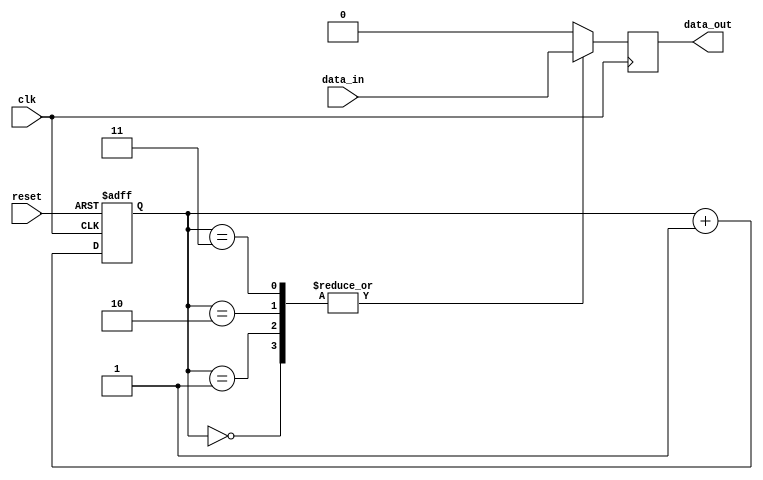
module synchronizer(
    input wire clk,
    input wire reset,
    input wire data_in,
    output reg data_out
);

reg [3:0] sync_signals;

// Timing control block
always@(posedge clk or posedge reset) begin
    if(reset) begin
        sync_signals <= 4'b0000;
    end else begin
        sync_signals <= sync_signals + 4'b0001;
    end
end

// Synchronization blocks
always@(posedge clk) begin
    case(sync_signals)
        4'b0000: data_out <= data_in;
        4'b0001: data_out <= data_in;
        4'b0010: data_out <= data_in;
        4'b0011: data_out <= data_in;
        default: data_out <= 1'b0;
    endcase
end

endmodule